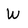
Character: W